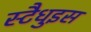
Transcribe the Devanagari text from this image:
स्टैधुइस